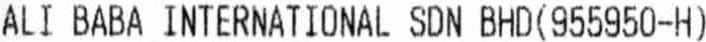
ALI BABA INTERNATIONAL SDN BHD (955950-H)